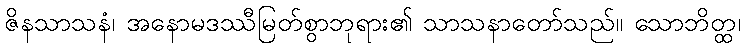
ဇိနသာသနံ၊ အနောမဒဿီမြတ်စွာဘုရား၏ သာသနာတော်သည်။ သောဘိတ္ထ၊